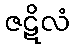
ဇဋိလံ